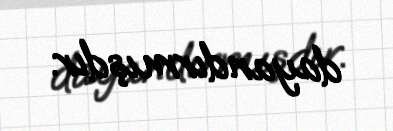
dayandırmışdır.